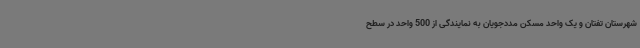
شهرستان تفتان و یک واحد مسکن مددجویان به نمایندگی از 500 واحد در سطح